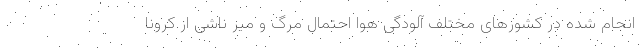
انجام شده در کشورهای مختلف آلودگی هوا احتمال مرگ و میر ناشی از کرونا